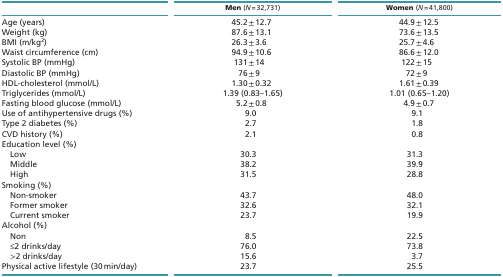
|  | Men (N = 32,731) | Women (N = 41,800) |
 | --- | --- | --- |
 | Age (years) | 45.2 ± 12.7 | 44.9 ± 12.5 |
 | Weight (kg) | 87.6 ± 13.1 | 73.6 ± 13.5 |
 | BMI (m/kg2) | 26.3 ± 3.6 | 25.7 ± 4.6 |
 | Waist circumference (cm) | 94.9 ± 10.6 | 86.6 ± 12.0 |
 | Systolic BP (mmHg) | 131 ± 14 | 122 ± 15 |
 | Diastolic BP (mmHg) | 76 ± 9 | 72 ± 9 |
 | HDL-cholesterol (mmol/L) | 1.30 ± 0.32 | 1.61 ± 0.39 |
 | Triglycerides (mmol/L) | 1.39 (0.83–1.65) | 1.01 (0.65–1.20) |
 | Fasting blood glucose (mmol/L) | 5.2 ± 0.8 | 4.9 ± 0.7 |
 | Use of antihypertensive drugs (%) | 9.0 | 9.1 |
 | Type 2 diabetes (%) | 2.7 | 1.8 |
 | CVD history (%) | 2.1 | 0.8 |
 | Education level (%) |  |  |
 | Low | 30.3 | 31.3 |
 | Middle | 38.2 | 39.9 |
 | High | 31.5 | 28.8 |
 | Smoking (%) |  |  |
 | Non-smoker | 43.7 | 48.0 |
 | Former smoker | 32.6 | 32.1 |
 | Current smoker | 23.7 | 19.9 |
 | Alcohol (%) |  |  |
 | Non | 8.5 | 22.5 |
 | ≤2 drinks/day | 76.0 | 73.8 |
 | >2 drinks/day | 15.6 | 3.7 |
 | Physical active lifestyle (30 min/day) | 23.7 | 25.5 |